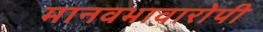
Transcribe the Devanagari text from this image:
मानवभावारोपी